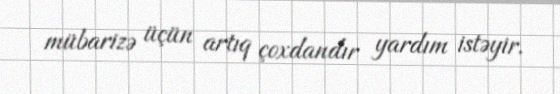
mübarizə üçün artıq çoxdandır yardım istəyir.